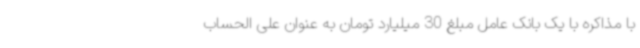
با مذاکره با یک بانک عامل مبلغ 30 میلیارد تومان به عنوان علی الحساب